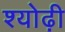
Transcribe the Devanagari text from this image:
श्योढ़ी